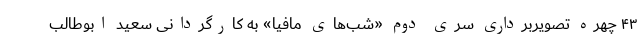
۴۳ چهره تصویربرداری سری دوم «شب‌های مافیا» به کارگردانی سعید ابوطالب